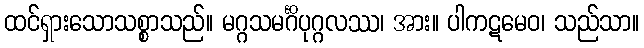
ထင်ရှားသောသစ္စာသည်။ မဂ္ဂသမင်္ဂိပုဂ္ဂလဿ၊ အား။ ပါကဋမေဝ၊ သည်သာ။